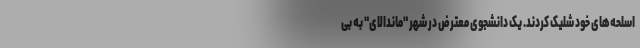
اسلحه‌های خود شلیک کردند. یک دانشجوی معترض در شهر "ماندالای" به بی